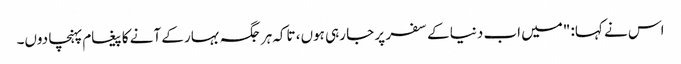
اس نے کہا: "میں اب دنیا کے سفر پر جا رہی ہوں، تاکہ ہر جگہ بہار کے آنے کا پیغام پہنچا دوں۔